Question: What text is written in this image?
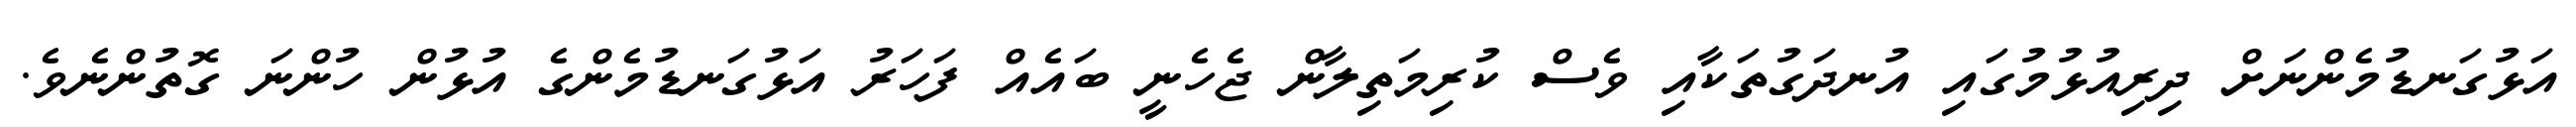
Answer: އަޅުގަނޑުމެންނަށް ދިރިއުޅުމުގައި އުނދަގުތަކާއި ވެސް ކުރިމަތިލާން ޖެހެނީ ބައެއް ފަހަރު އަޅުގަނޑުމެންގެ އުޅުން ހުންނަ ގޮތުންނެވެ.